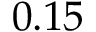
0 . 1 5